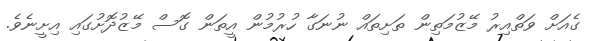
ގެއަށް ވަތްއިރު މޭޒުމަތިން ތަށިތައް ނުނަގާ ހުރުމުން އީތަން ގޮސް މޭޒުދޮށުގައި އިށީނެވެ.